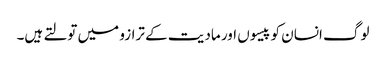
لوگ انسان کو پیسوں اور مادیت کے ترازو میں تولتے ہیں۔